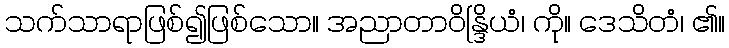
သက်သာရာဖြစ်၍ဖြစ်သော။ အညာတာဝိန္ဒြိယံ၊ ကို။ ဒေသိတံ၊ ၏။